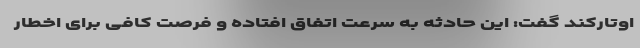
اوتارکند گفت: این حادثه به سرعت اتفاق افتاده و فرصت کافی برای اخطار